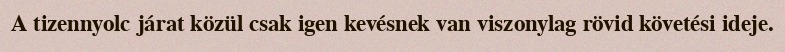
A tizennyolc járat közül csak igen kevésnek van viszonylag rövid követési ideje.